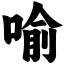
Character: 喻